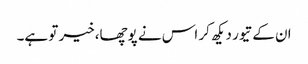
ان کے تیور دیکھ کر اس نے پوچھا،خیر تو ہے۔